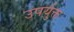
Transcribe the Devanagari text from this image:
उपर्युक्त